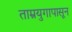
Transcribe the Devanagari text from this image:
ताम्रयुगापासून